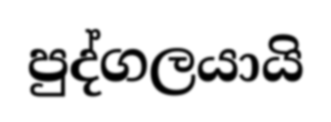
පුද්ගලයායි